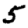
Digit: 5